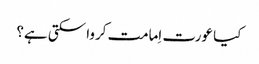
کیا عورت اِمامت کروا سکتی ہے؟